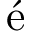
\mathrm { é }